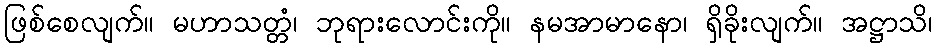
ဖြစ်စေလျက်။ မဟာသတ္တံ၊ ဘုရားလောင်းကို။ နမအာမာနော၊ ရှိခိုးလျက်။ အဋ္ဌာသိ၊